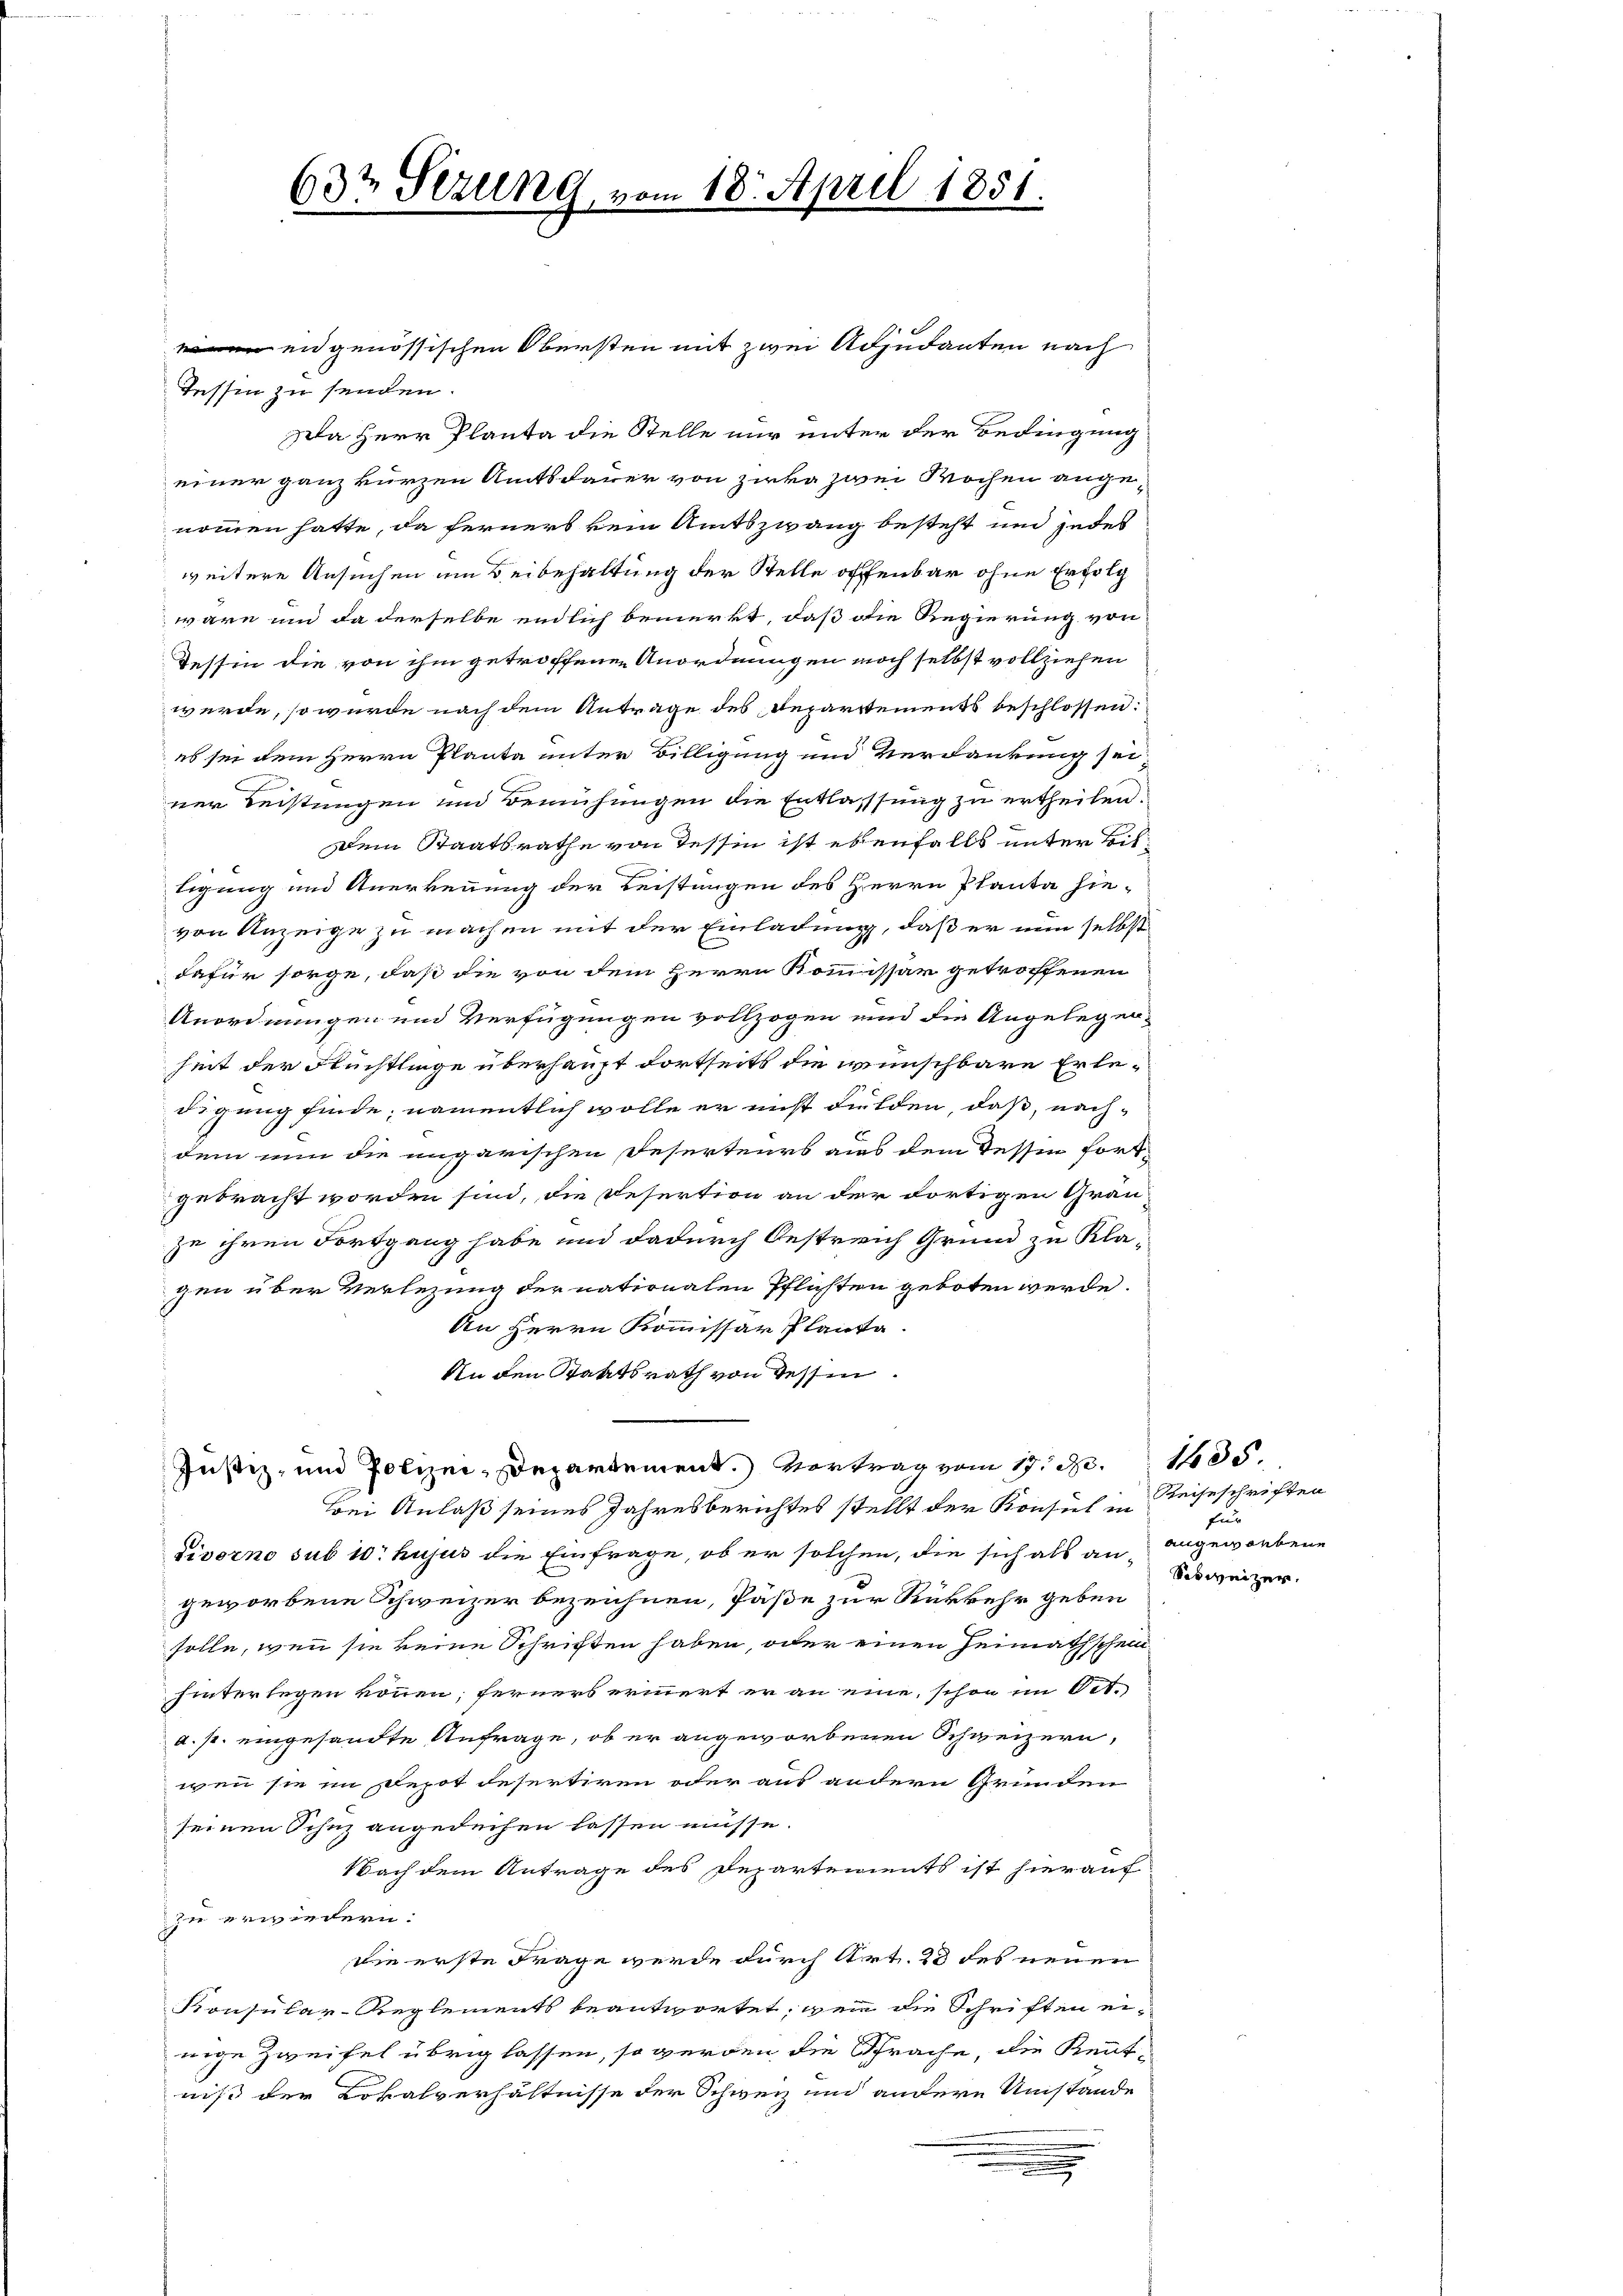
Tessin zu senden.
Da Herr Planta die Stelle nur unter der Bedingung
einer ganz kurzen Amtsdauer von Zirka zwei Wochen angenommen hatte, da ferners kein Amtszwang besteht und jedes
weitere Ansuchen um Beibehaltung der Stelle offenbar ohne Erfolg
wäre und da derselbe endlich bemerkt, daß die Regierung von
Tessin die von ihm getroffenen Anordnungen noch selbst vollziehen
würde, so würde nach dem Antrage des Departements beschlossen:
es sei dem Herrn Planta unter Billigung und Verdankung sei
ner Leistungen und Bemühungen die Entlassung zu ertheilen.
Dem Staatsrathe von Tessin ist ebenfalls unter Biltigung und Anerkennung der Leistungen des Herrn Planta hie-
von Anzeige zu machen mit der Einladung, daß er nun selbst
dafür sorge, daß die von dem Herrn Kommissär getroffenen
Anordnungen und Verfügungen vollzogen und die Angelegen-
heit der Flüchtlinge überhaupt dortseits die wünschbare Erledigung finde; namentlich wolle er nicht dulden, daß, nach-
dem nun die ungarischen Reserteurs aus dem Tessin fortgebracht worden sind, die Desertion an der dortigen Grau-
ze ihren Fortgang habe und dadurch Oestreich Grund zu Kla-
gen über Verlegung der nationalen Pflichten geboten werde.
An Herrn Kommissar Planta.
An den Staatsrath von Tessin
Justiz- und Polizei-Departement.) Vortrag vom 17. d. 1085.
Bei Anlaß seines Jahresberichtes stellt der Konsul in Reiseschriften
divorno sub 10. hujus die Einfrage, ob er solchen, die sich als an angeworbene
geworbene Schweizer bezeichnen, Päße zur Rükkehr geben
solle, wenn sie keine Schriften haben, oder einen Heimathschein
hinterlegen können; ferners erinnert er an eine, schon im Ort-
d. s. eingesandte Anfrage, ob er angeworbenen Schweizern,
wenn sie im Depot desertiren oder aus andern Grunden
seinen Schuz angedeihen lassen müsse.
Nach dem Antrage des Departements ist hierauf
zu erwiedern.
die erste Frage werde durch Art. 23 des neuen
Konsular-Reglements beantwortet, wenn die Schriften einige Zweifel übrig lassen, so werden die Sprache, die Kenntniß der Lokalverhältnisse der Schweiz und andere Umstände

63t Sezung, vom 18. April 1851.

ungenössischen Obersten mit zwei Absudanten nach

für
Sisweizer.